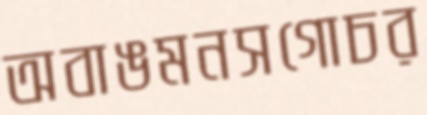
অবাঙমনসগোচর